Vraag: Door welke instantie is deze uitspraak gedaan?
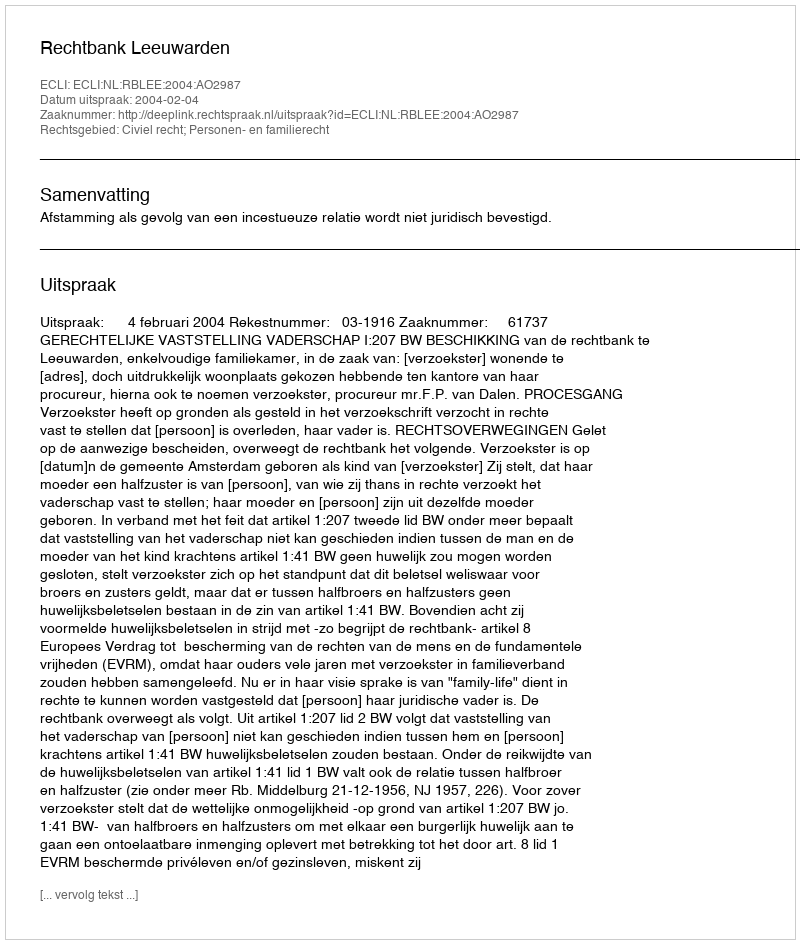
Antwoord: Rechtbank Leeuwarden